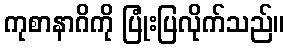
ကုစာနာဂိကို ပြုံးပြလိုက်သည်။